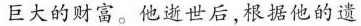
巨大的财富。他逝世后，根据他的遗